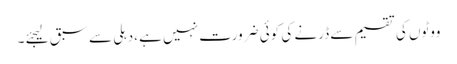
ووٹوں کی تقسیم سے ڈرنے کی کوئی ضرورت نہیں ہے ،دہلی سے سبق لیجئے ۔